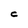
Character: C